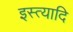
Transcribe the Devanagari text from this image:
इस्त्यादि